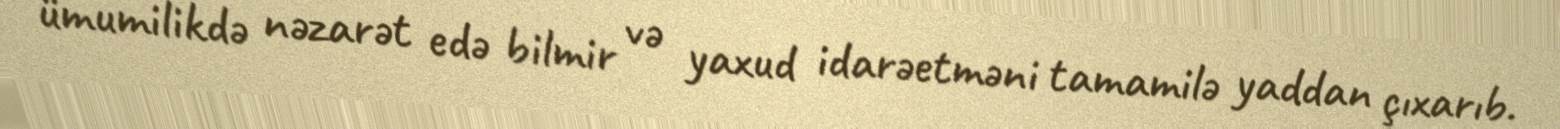
ümumilikdə nəzarət edə bilmir və yaxud idarəetməni tamamilə yaddan çıxarıb.